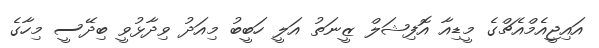
އައިޖީއެމްއެޗްގެ މީޑިއާ އޮފިޝަލް ޒީނަތު އަލީ ހަބީބު މިއަދު ވިދާޅުވީ ބިދޭސީ މިހާގެ